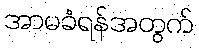
အာမခံရန်အတွက်